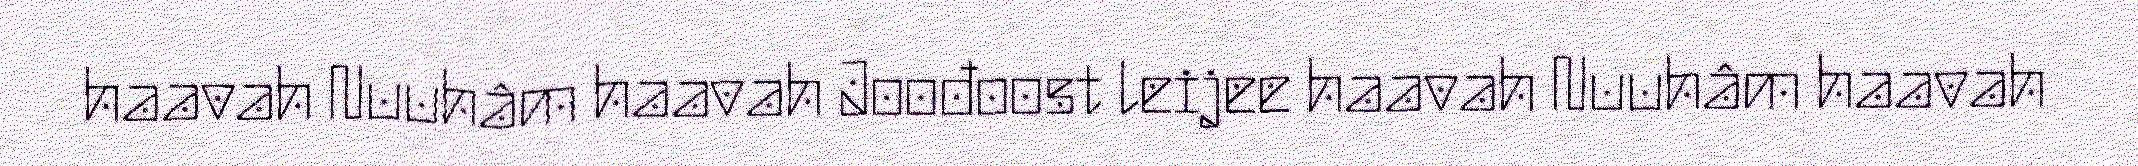
haavah Nuuhâm haavah Joođoost leijee haavah Nuuhâm haavah